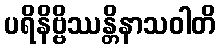
ပရိနိဗ္ဗိဿန္တိနာသဝါတိ